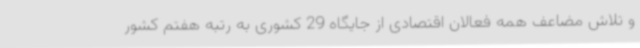
و تلاش مضاعف همه فعالان اقتصادی از جایگاه 29 کشوری به رتبه هفتم کشور